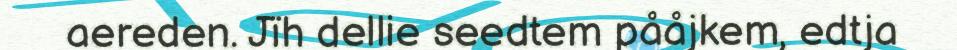
aereden. Jïh dellie seedtem pååjkem, edtja